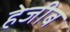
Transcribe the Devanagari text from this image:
हेजीब